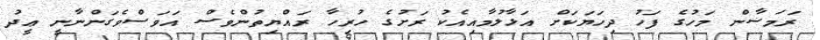
ރަމަޟާން މަހުގެ ފަހު ދިހަޔަކަށް އަޅާލުމާއިއެކު ރަށުގެ ހުރިހާ ރައްޔިތުންވެސް އަވަސްވެގަންނާނީ ޢީދު